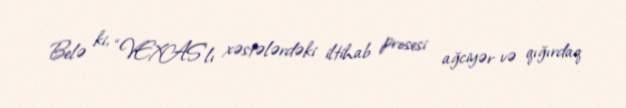
Belə ki, “VEXAS”lı xəstələrdəki iltihab prosesi ağciyər və qığırdaq